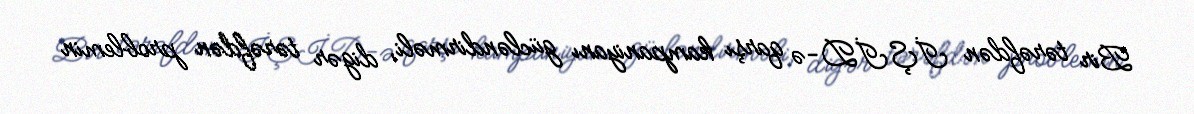
Bir tərəfdən İŞİD-ə qarşı kampaniyanı gücləndirməli, digər tərəfdən problemin